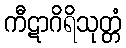
ကီဋာဂိရိသုတ္တံ